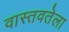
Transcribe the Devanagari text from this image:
वास्तवतेला